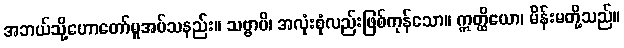
အဘယ်သို့ဟောတော်မူအပ်သနည်း။ သဗ္ဗာပိ၊ အလုံးစုံလည်းဖြစ်ကုန်သော။ ဣတ္ထိယော၊ မိန်းမတို့သည်။